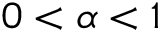
0 < \alpha < 1